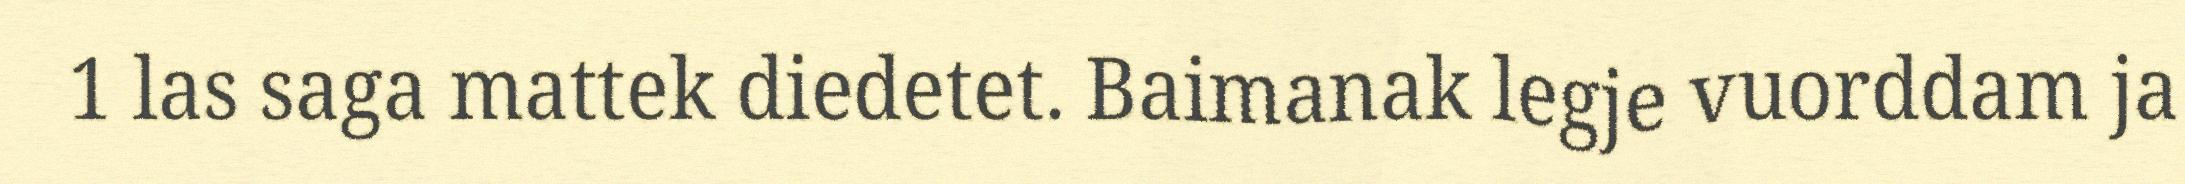
1 las saga mattek diedetet. Baimanak legje vuorddam ja